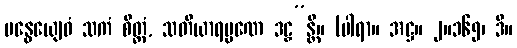
ဗန္ဓေယျေဝံ သကံ စိတ္တံ, သတိယာရမ္မဏေ ဒဠှ”န္တိ။ (ပါရာ။ အဋ္ဌ။ ၂။၁၆၅၊ ဒီ။